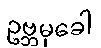
ဥဗ္ဘမုခေါ